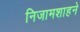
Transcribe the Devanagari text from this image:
निजामशाहने